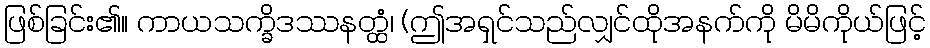
ဖြစ်ခြင်း၏။ ကာယသက္ခိဒဿနတ္ထံ၊ (ဤအရှင်သည်လျှင်ထိုအနက်ကို မိမိကိုယ်ဖြင့်